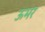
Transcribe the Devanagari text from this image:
ऊभर